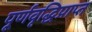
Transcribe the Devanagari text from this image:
पूर्णवृद्धिप्राप्त